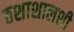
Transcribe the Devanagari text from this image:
ठशाशालशी